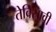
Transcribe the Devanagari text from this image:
तेविसावी